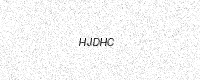
Text: HJDHC